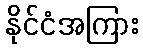
နိုင်ငံအကြား